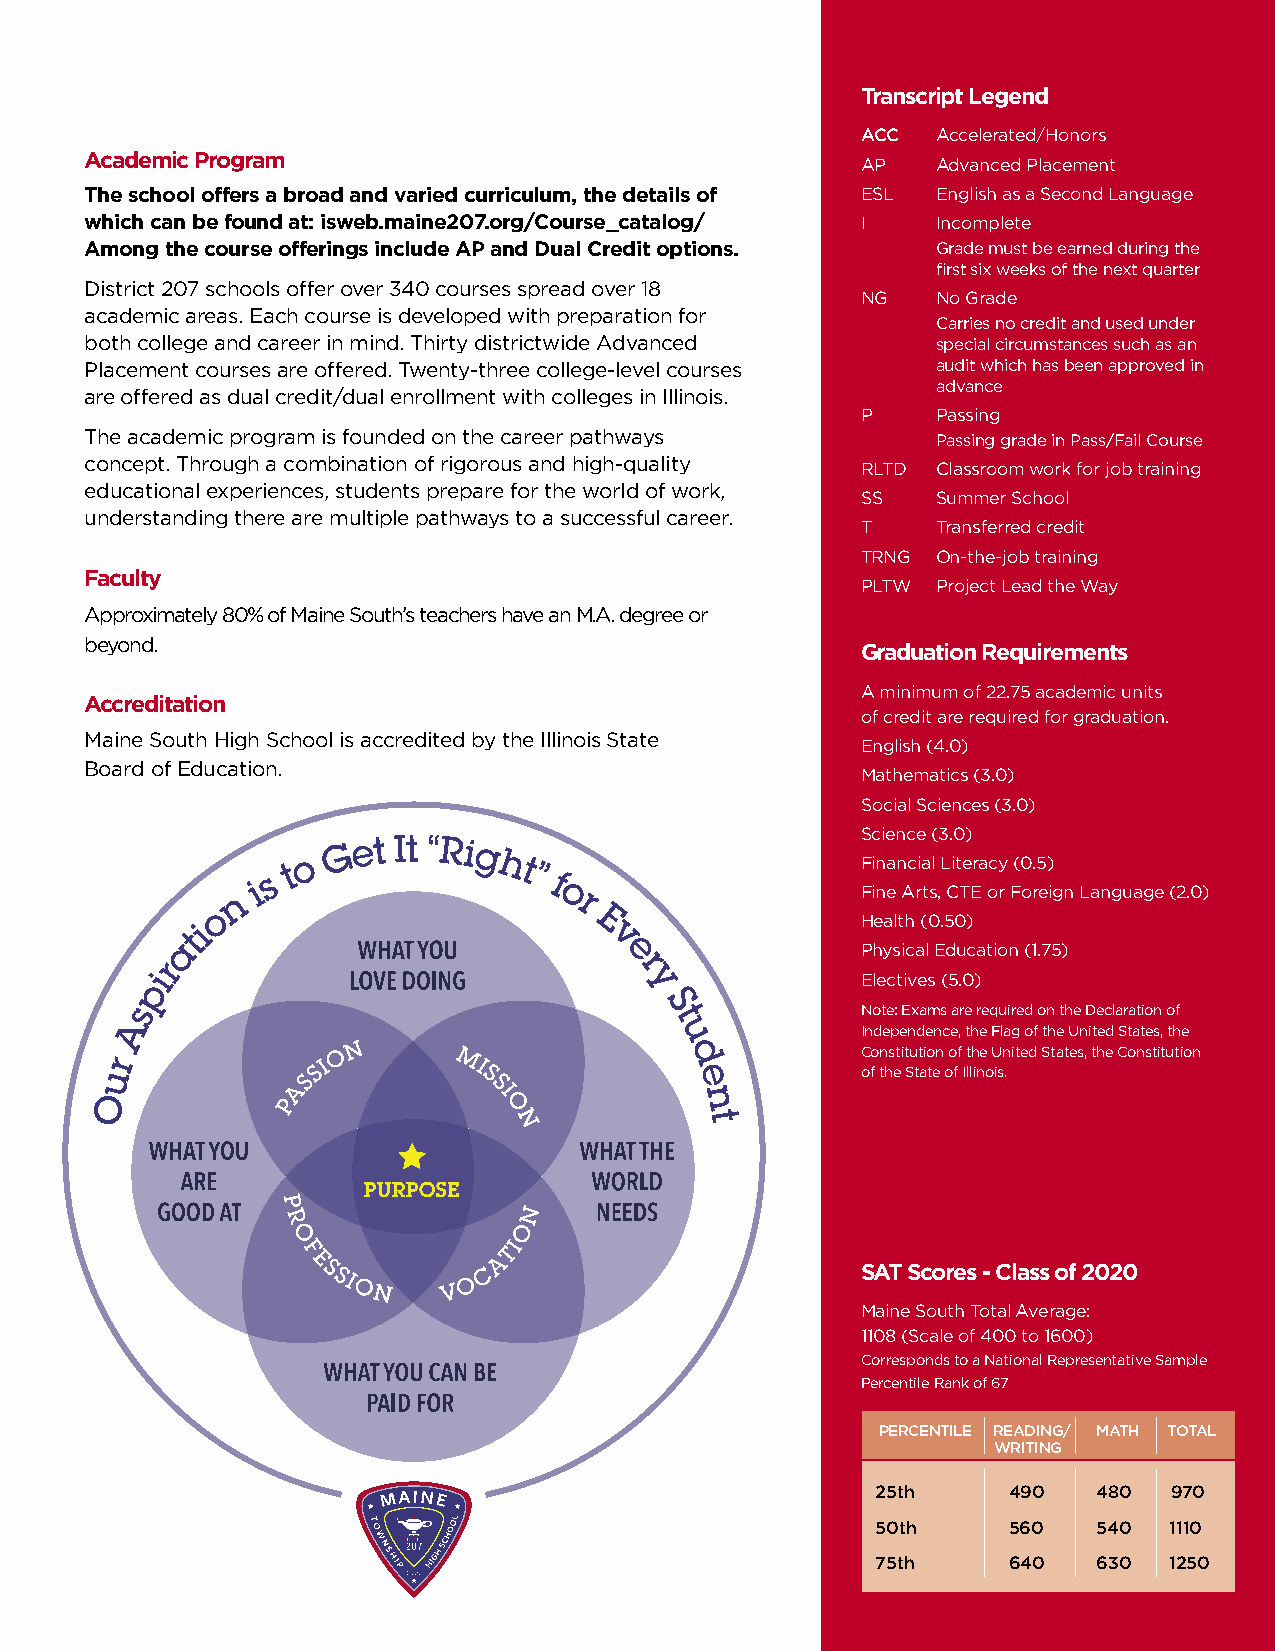
Transcript Legend
 ACC  Accelerated/Honors
 Academic Program                                   AP   Advanced Placement
 The school offers a broad and varied curriculum, the details of ESL English as a Second Language
 which can be found at: isweb.maine207.org/Course_catalog/ I Incomplete
 Among the course offerings include AP and Dual Credit options. Grade must be earned during the
 first six weeks of the next quarter
 District 207 schools offer over 340 courses spread over 18
 NG   No Grade
 academic areas. Each course is developed with preparation for
 Carries no credit and used under
 both college and career in mind. Thirty districtwide Advanced special circumstances such as an
 Placement courses are offered. Twenty-three college-level courses audit which has been approved in
 advance
 are offered as dual credit/dual enrollment with colleges in Illinois.
 P    Passing
 The academic program is founded on the career pathways  Passing grade in Pass/Fail Course
 concept. Through a combination of rigorous and high-quality RLTD Classroom work for job training
 educational experiences, students prepare for the world of work,
 SS   Summer School
 understanding there are multiple pathways to a successful career.
 T    Transferred credit
 TRNG On-the-job training
 Faculty
 PLTW Project Lead the Way
 Approximately 80% of Maine South’s teachers have an M.A. degree or
 beyond.
 Graduation Requirements
 A minimum of 22.75 academic units
 Accreditation
 of credit are required for graduation.
 Maine South High School is accredited by the Illinois State
 English (4.0)
 Board of Education.
 Mathematics (3.0)
 Social Sciences (3.0)
 Science (3.0)
 Financial Literacy (0.5)
 Fine Arts, CTE or Foreign Language (2.0)
 Health (0.50)
 Physical Education (1.75)
 Electives (5.0)
 Note: Exams are required on the Declaration of
 Independence, the Flag of the United States, the
 Constitution of the United States, the Constitution
 of the State of Illinois.
 SAT Scores - Class of 2020
 Maine South Total Average:
 1108 (Scale of 400 to 1600)
 Corresponds to a National Representative Sample
 Percentile Rank of 67
 PERCENTILE READING/ MATH TOTAL
 WRITING
 25th     490   480  970
 50th     560   540 1110
 75th     640   630 1250